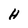
Character: H